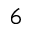
6